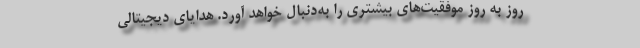
روز به روز موفقیت‌های بیشتری را به‌دنبال خواهد آورد. هدایای دیجیتالی